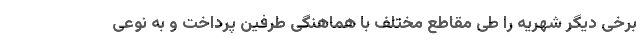
برخی دیگر شهریه را طی مقاطع مختلف با هماهنگی طرفین پرداخت و به نوعی